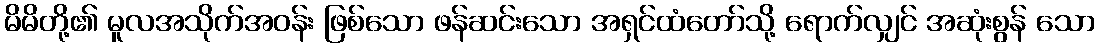
မိမိတို့၏ မူလအသိုက်အဝန်း ဖြစ်သော ဖန်ဆင်းသော အရှင်ထံတော်သို့ ရောက်လျှင် အဆုံးစွန် သော